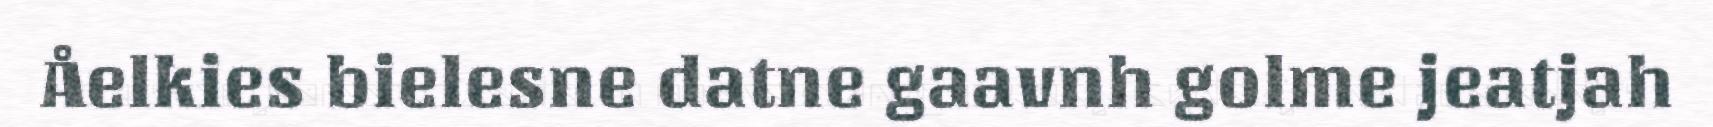
Åelkies bielesne datne gaavnh golme jeatjah